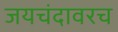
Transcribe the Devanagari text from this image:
जयचंदावरच